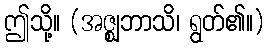
ဤသို့။ (အဇ္ဈဘာသိ၊ ရွတ်၏။)